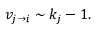
\begin{array} { r } { v _ { j \rightarrow i } \sim k _ { j } - 1 . } \end{array}